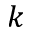
k